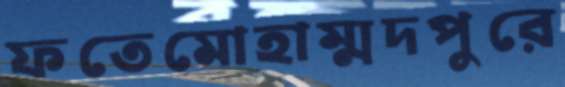
ফতেমোহাম্মদপুরে